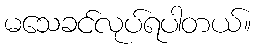
မသေခင်လုပ်ရပါတယ်။